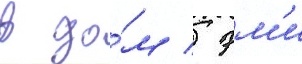
в до́м / эм'и